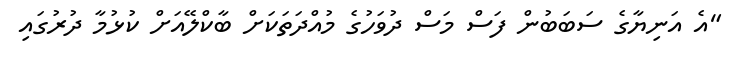
"އެ އަނިޔާގެ ސަބަބުން ފަސް މަސް ދުވަހުގެ މުއްދަތަކަށް ބާކްލޭއަށް ކުޅުމާ ދުރުގައި